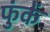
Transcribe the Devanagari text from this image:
फुंकें